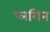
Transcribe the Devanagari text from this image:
प्लगिन